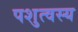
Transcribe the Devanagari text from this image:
पशुत्वस्य